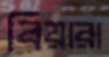
বিয়ারা